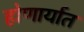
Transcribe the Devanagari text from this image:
होणार्यात